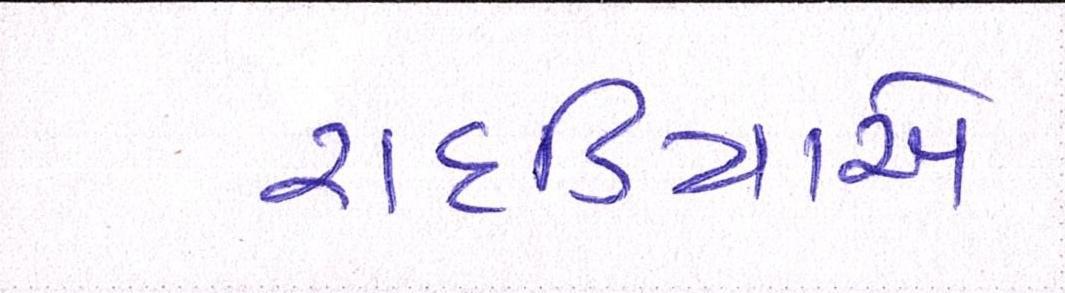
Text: રાદડિયાએ